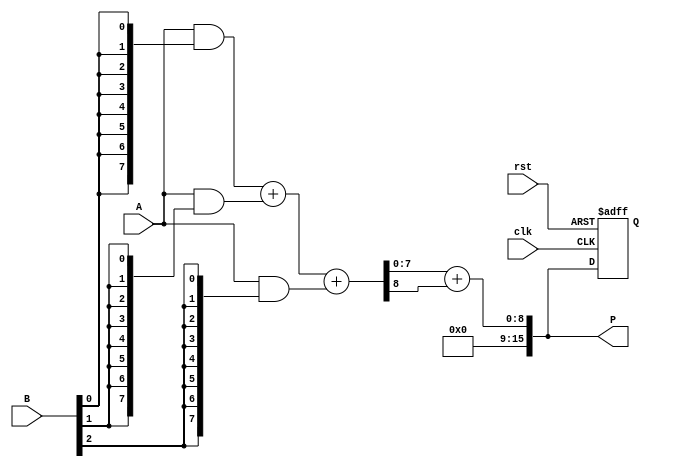
module WallaceTreeMultiplier #(
    parameter A_WIDTH = 8,  // Bit-width of input A
    parameter B_WIDTH = 8   // Bit-width of input B
) (
    input  wire [A_WIDTH-1:0] A,  // First operand
    input  wire [B_WIDTH-1:0] B,  // Second operand
    input  wire clk,               // Clock signal
    input  wire rst,               // Reset signal
    output reg [A_WIDTH + B_WIDTH - 1:0] P  // Product output
);

    // Partial product array
    wire [A_WIDTH-1:0] partial_products[B_WIDTH-1:0];

    // Generate partial products
    genvar i;
    generate
        for (i = 0; i < B_WIDTH; i = i + 1) begin: pp_gen
            assign partial_products[i] = A & {A_WIDTH{B[i]}};
        end
    endgenerate

    // Internal signals for Wallace Tree reduction
    wire [A_WIDTH-1:0] sum[2:0];
    wire [A_WIDTH-1:0] carry[2:0];

    // First stage of Wallace tree reduction using Full Adders
    // 3 inputs from partial products
    // You would normally also have to manage carries and sums to further stages

    // Example for 3 partial products
    // Assuming we are using only 3 partial products for simplicity

    wire [A_WIDTH:0] temp_sum[1:0];
    wire [A_WIDTH:0] temp_carry[1:0];

    // Level 1 reduction (3 partial products)
    assign {temp_carry[0], sum[0]} = partial_products[0] + partial_products[1];
    assign {temp_carry[1], sum[1]} = sum[0] + partial_products[2];

    // Second stage (final summation)
    assign P = sum[1] + temp_carry[1];

    // Synchronization and state management (if required)
    always @(posedge clk or posedge rst) begin
        if (rst) begin
            P <= 0;
        end else begin
            // Pipeline register could be here if you unfold further
            // P <= ...; // Assign computed product to output
        end
    end

endmodule